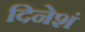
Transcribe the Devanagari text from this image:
दिनेशं